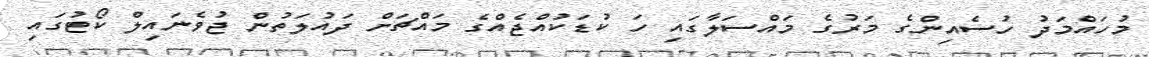
މުހައްމަދު ހުސެއިންގެ މަރުގެ މައްސަލާގައި ހަ ކުޑަކުއްޖެއްގެ މައްޗަށް ދައުލަތުން ޖުވެނައިލް ކޯޓުގައި